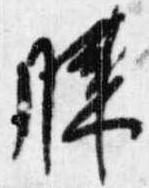
膝